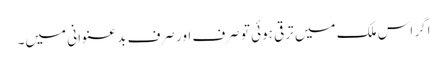
اگر اس ملک میں ترقی ہوئی تو صرف اور صرف بد عنوانی میں۔